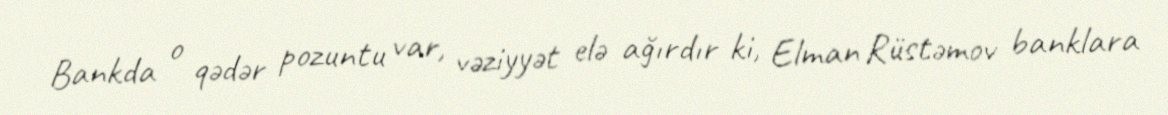
Bankda o qədər pozuntu var, vəziyyət elə ağırdır ki, Elman Rüstəmov banklara